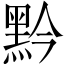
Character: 黔